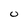
Character: O